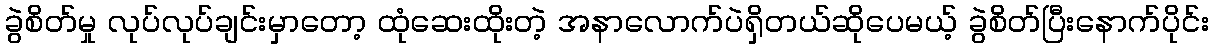
ခွဲစိတ်မှု လုပ်လုပ်ချင်းမှာတော့ ထုံဆေးထိုးတဲ့ အနာလောက်ပဲရှိတယ်ဆိုပေမယ့် ခွဲစိတ်ပြီးနောက်ပိုင်း